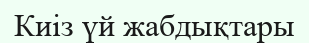
Киіз үй жабдықтары